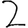
Digit: 2